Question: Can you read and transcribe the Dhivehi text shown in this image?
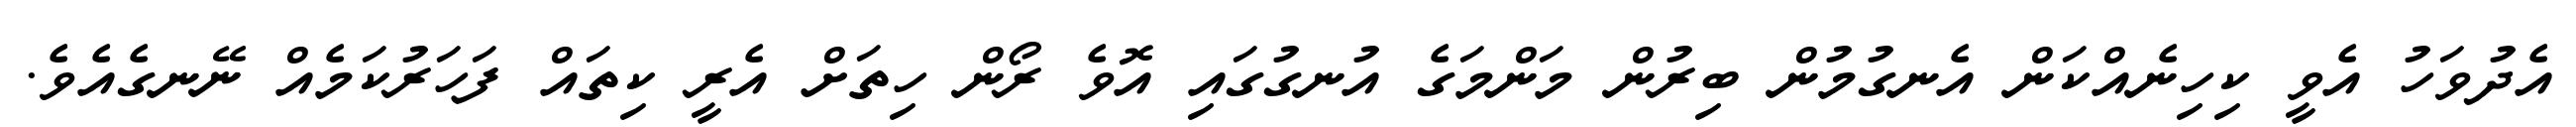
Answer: އެދުވަހު އެވީ ކިހިނެއްކަން އެނގުމުން ބިރުން މަންމަގެ އުނގުގައި އޮވެ ރޯން ހިތަށް އެރީ ކިތައް ފަހަރުކަމެއް ނޭނގެއެވެ.